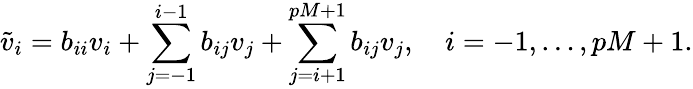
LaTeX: \widetilde v_{i}=b_{ii}v_{i}+\sum_{j=-1}^{i-1}b_{ij}v_{j}+\sum_{j=i+1}^{pM+1}b_{ij}v_{j},\quad i=-1,\dots,pM+1.